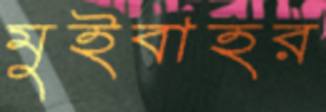
মুইবাহর